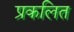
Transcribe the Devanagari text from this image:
प्रकलित